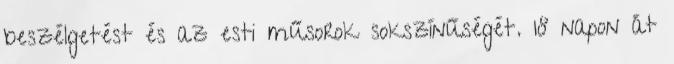
beszélgetést és az esti műsorok sokszínűségét. 18 napon át